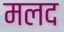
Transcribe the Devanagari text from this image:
मलद